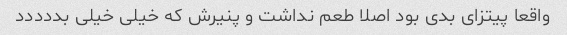
واقعا پیتزای بدی بود اصلا طعم نداشت و پنیرش که خیلی خیلی بددددد